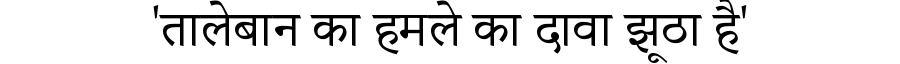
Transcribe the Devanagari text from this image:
'तालेबान का हमले का दावा झूठा है'